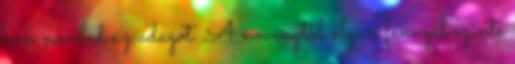
van noveled az adagot. A novenytol olyan fennyel szinte